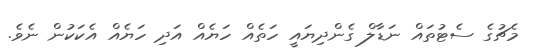
މެޗުގެ ސެޓުތައް ނަޑާލް ގެންދިޔައީ ހަތެއް ހަޔެއް އަދި ހަޔެއް އެކަކުން ނެވެ.